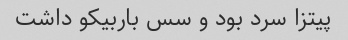
پیتزا سرد بود و سس باربیکو داشت